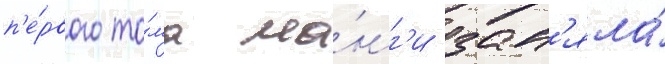
п'е́рвого то́ма ма́нг'и зан'яла́